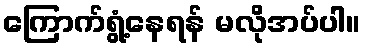
ကြောက်ရွံ့နေရန် မလိုအပ်ပါ။